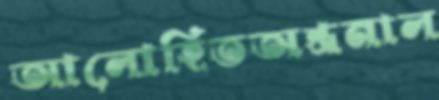
আলোহিতঅন্ত্রনাল